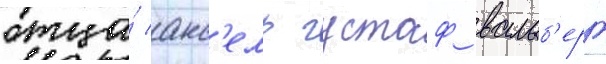
отца́ акс'ель густаф вальб'ерг